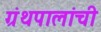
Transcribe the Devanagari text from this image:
ग्रंथपालांची